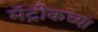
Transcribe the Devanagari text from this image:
मॅट्रीकच्या